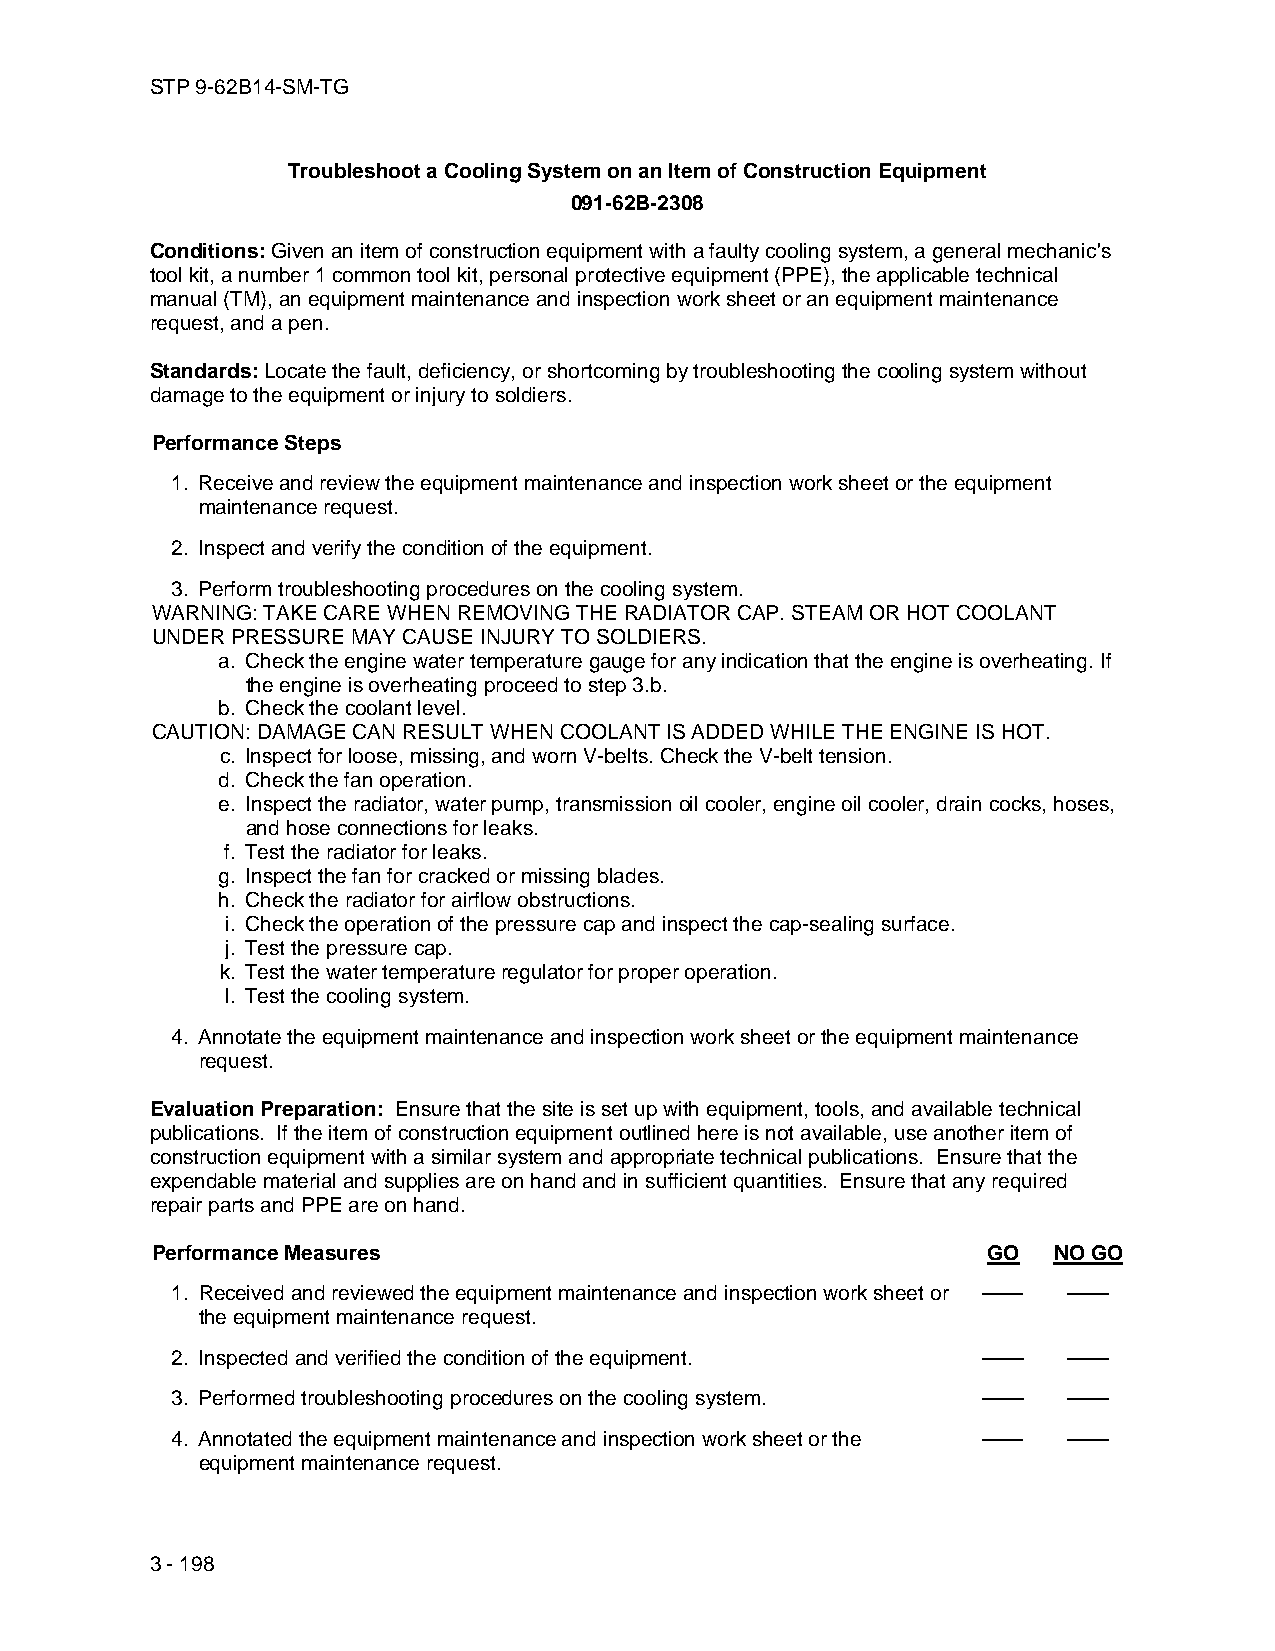
STP 9-62B14-SM-TG
 Troubleshoot a Cooling System on an Item of Construction Equipment
 091-62B-2308
 Conditions: Given an item of construction equipment with a faulty cooling system, a general mechanic's
 tool kit, a number 1 common tool kit, personal protective equipment (PPE), the applicable technical
 manual (TM), an equipment maintenance and inspection work sheet or an equipment maintenance
 request, and a pen.
 Standards: Locate the fault, deficiency, or shortcoming by troubleshooting the cooling system without
 damage to the equipment or injury to soldiers.
 Performance Steps
 1. Receive and review the equipment maintenance and inspection work sheet or the equipment
 maintenance request.
 2. Inspect and verify the condition of the equipment.
 3. Perform troubleshooting procedures on the cooling system.
 WARNING: TAKE CARE WHEN REMOVING THE RADIATOR CAP. STEAM OR HOT COOLANT
 UNDER PRESSURE MAY CAUSE INJURY TO SOLDIERS.
 a. Check the engine water temperature gauge for any indication that the engine is overheating. If
 the engine is overheating proceed to step 3.b.
 b. Check the coolant level.
 CAUTION: DAMAGE CAN RESULT WHEN COOLANT IS ADDED WHILE THE ENGINE IS HOT.
 c. Inspect for loose, missing, and worn V-belts. Check the V-belt tension.
 d. Check the fan operation.
 e. Inspect the radiator, water pump, transmission oil cooler, engine oil cooler, drain cocks, hoses,
 and hose connections for leaks.
 f. Test the radiator for leaks.
 g. Inspect the fan for cracked or missing blades.
 h. Check the radiator for airflow obstructions.
 i. Check the operation of the pressure cap and inspect the cap-sealing surface.
 j. Test the pressure cap.
 k. Test the water temperature regulator for proper operation.
 l. Test the cooling system.
 4. Annotate the equipment maintenance and inspection work sheet or the equipment maintenance
 request.
 Evaluation Preparation: Ensure that the site is set up with equipment, tools, and available technical
 publications. If the item of construction equipment outlined here is not available, use another item of
 construction equipment with a similar system and appropriate technical publications. Ensure that the
 expendable material and supplies are on hand and in sufficient quantities. Ensure that any required
 repair parts and PPE are on hand.
 Performance Measures                                   GO   NO GO
 1. Received and reviewed the equipment maintenance and inspection work sheet or —— ——
 the equipment maintenance request.
 2. Inspected and verified the condition of the equipment. —— ——
 3. Performed troubleshooting procedures on the cooling system. —— ——
 4. Annotated the equipment maintenance and inspection work sheet or the —— ——
 equipment maintenance request.
 3 - 198